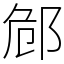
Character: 䣀